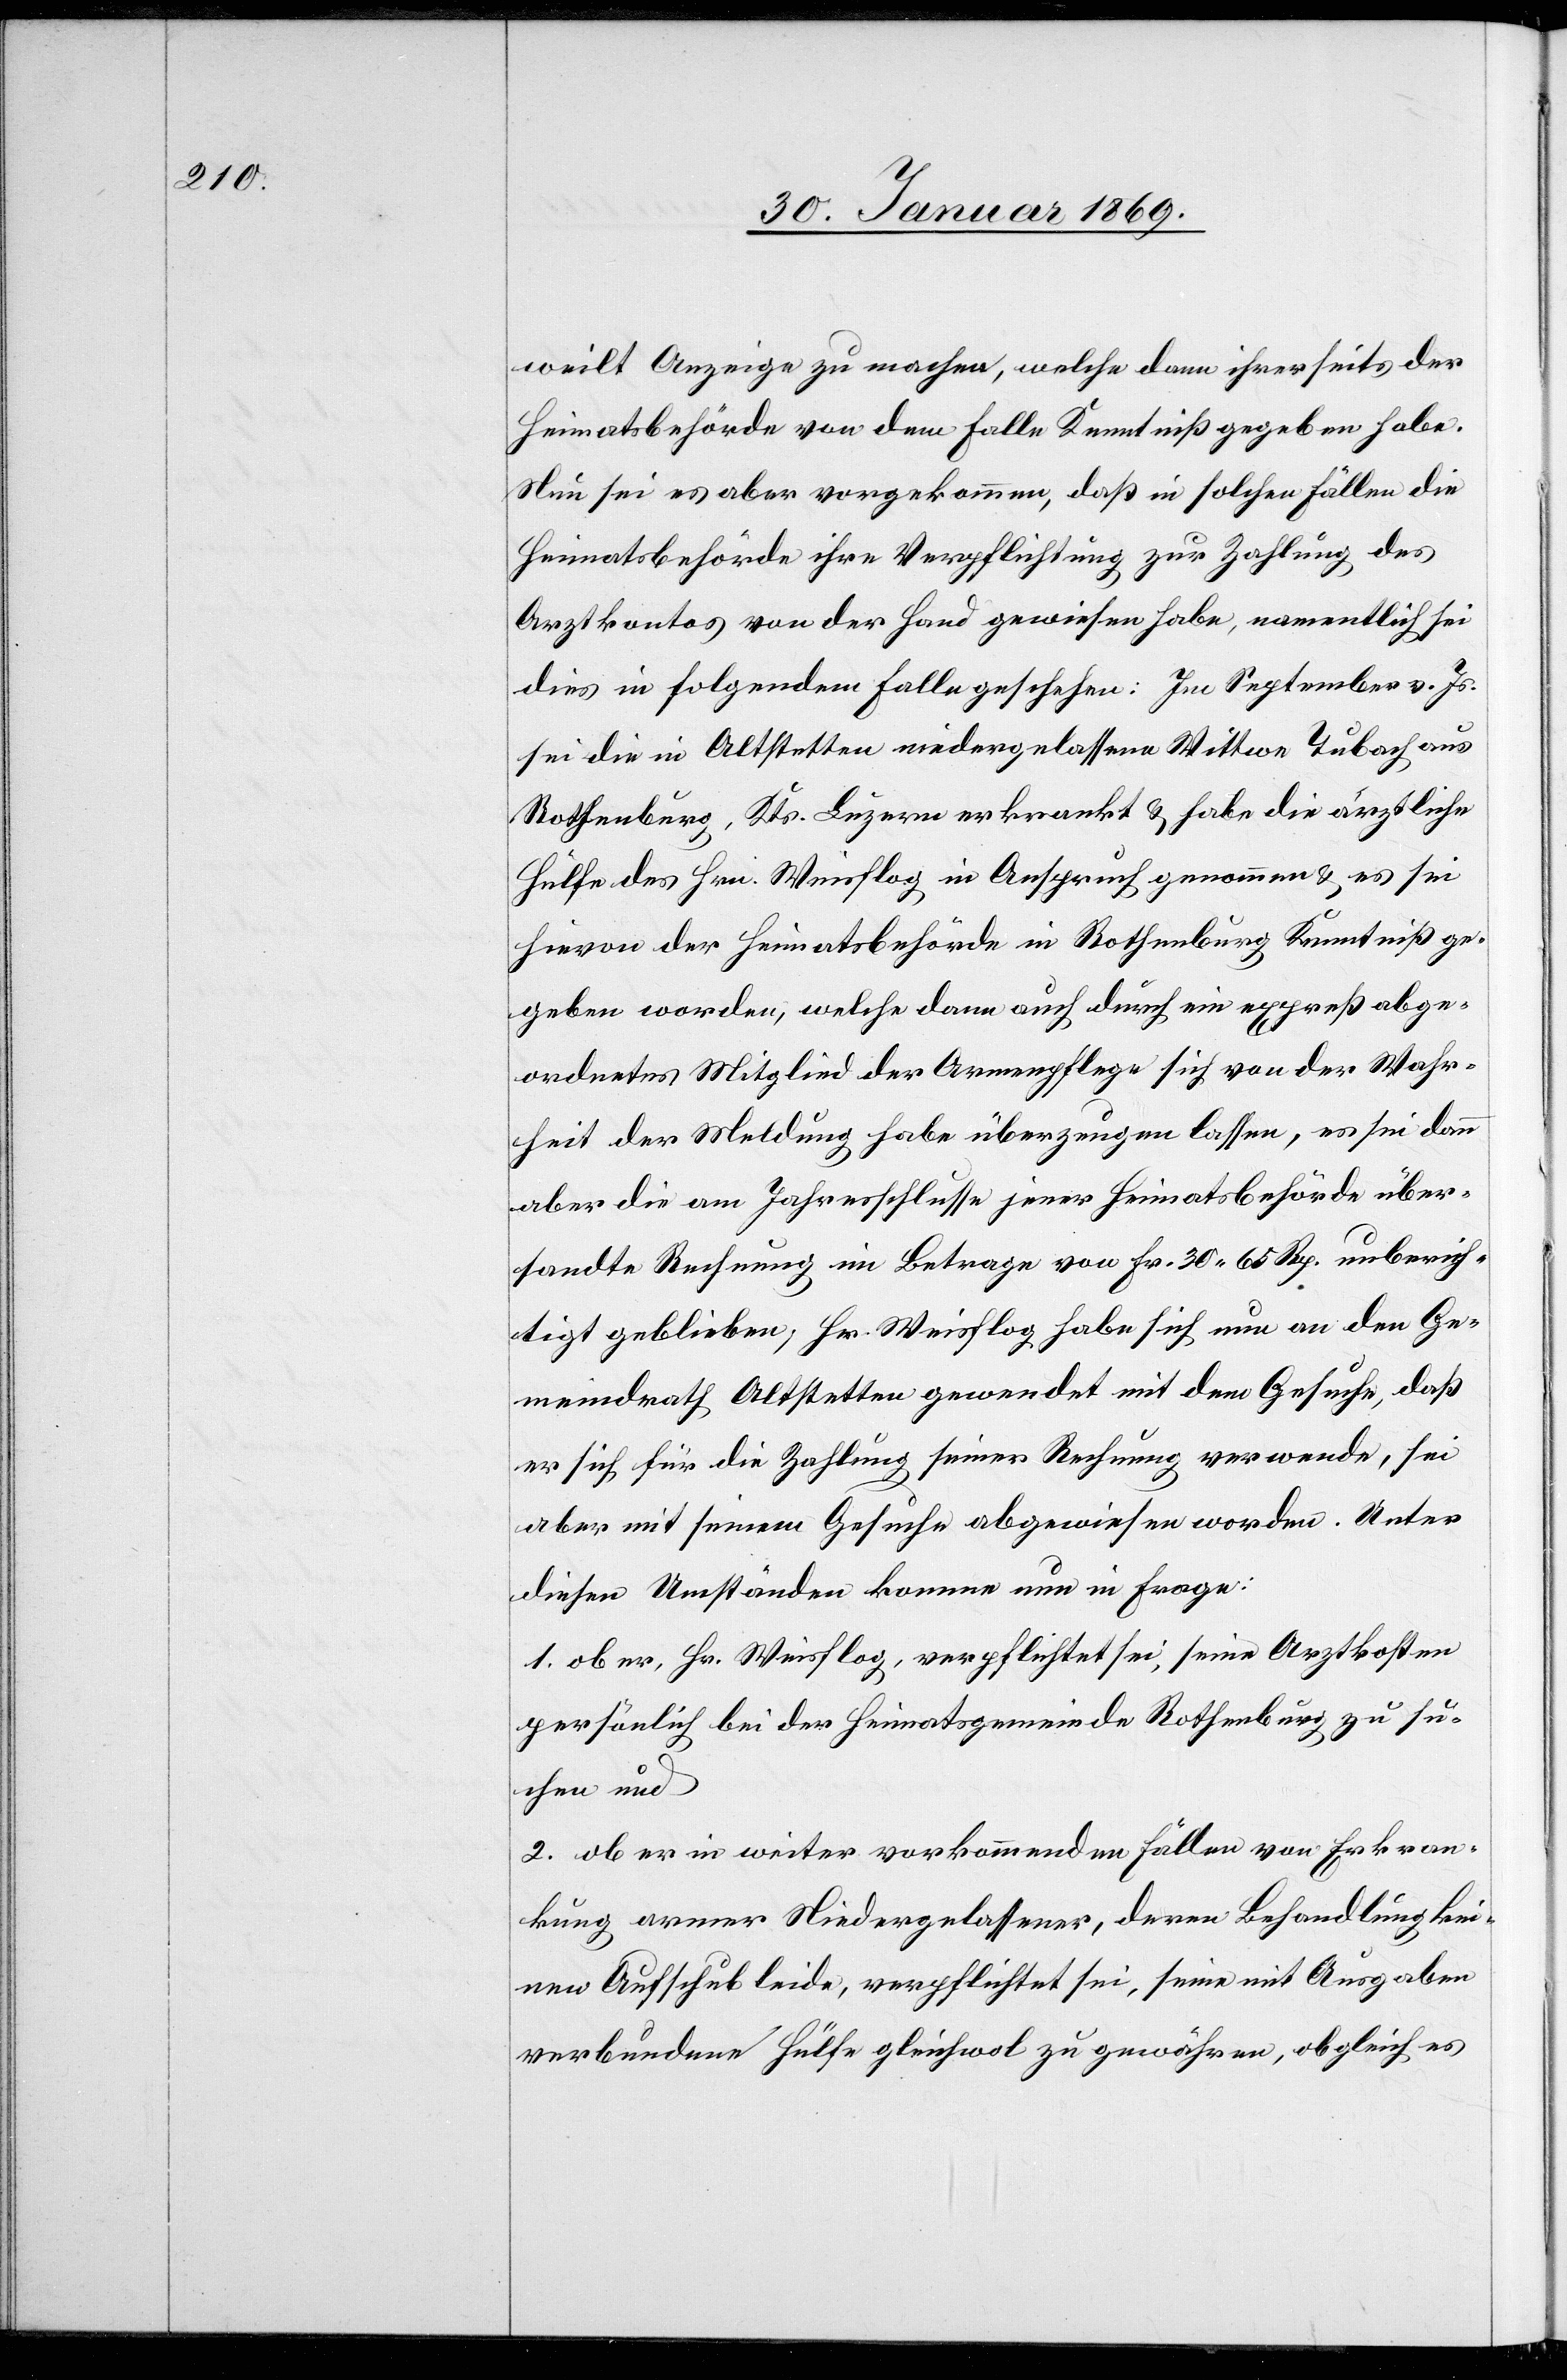
weilt Anzeige zu machen, welche dann ihrerseits der
Heimatsbehörde von dem Falle Kenntniß gegeben habe.
Nun sei es aber vorgekommen, daß in solchen Fällen die
Heimatsbehörde ihre Verpflichtung zur Zahlung des
Arztkontos von der Hand gewiesen habe, namentlich sei
dies in folgendem Falle geschehen: Im September v. Js.
sei die in Altstetten niedergelassene Wittwe Tubach aus
Rothenberg, Kts. Luzern erkrankt & habe die ärztliche
Hülfe des Hrn. Weisflog in Anspruch genommen & es sei
hievon der Heimatsbehörde in Rothenburg Kenntniß ge¬
geben worden, welche dann auch durch ein expreß abge¬
ordnetes Mitglied der Armenpflege sich von der Wahr¬
heit der Meldung habe überzeugen lassen, es sei dann
aber die am Jahresschlusse jener Heimatsbehörde über¬
sandte Rechnung im Betrage von Fr. 30 65 Rp. unberich¬
tigt geblieben, Hr. Weisflog habe sich nun an den Ge¬
meindrath Altstetten gewendet mit dem Gesuche, daß
er sich, für die Zahlung seiner Rechnung verwende, sei
aber mit seinem Gesuche abgewiesen worden. Unter
diesen Umständen komme nun in Frage:
1. ob er, Hr. Weisflog, verpflichtet sei, seine Arztkosten
persönlich bei der Heimatsgemeinde Rothenburg zu su¬
chen und
2. ob er in weiter vorkommenden Fällen von Erkran¬
kung armer Niedergelassener, deren Behandlung kei¬
nen Aufschub leide, verpflichtet sei, seine mit Ausgaben
verbundene Hülfe gleichwol zu gewähren, obgleich es